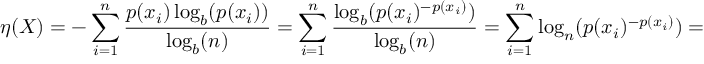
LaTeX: \eta ( X ) = - \sum _ { i = 1 } ^ { n } { \frac { p ( x _ { i } ) \log _ { b } ( p ( x _ { i } ) ) } { \log _ { b } ( n ) } } = \sum _ { i = 1 } ^ { n } { \frac { \log _ { b } ( p ( x _ { i } ) ^ { - p ( x _ { i } ) } ) } { \log _ { b } ( n ) } } = \sum _ { i = 1 } ^ { n } \log _ { n } ( p ( x _ { i } ) ^ { - p ( x _ { i } ) } ) = \log _ { n } ( \prod _ { i = 1 } ^ { n } p ( x _ { i } ) ^ { - p ( x _ { i } ) } )